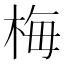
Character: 梅